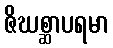
ဇိဃစ္ဆာပရမာ